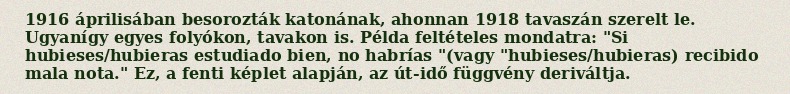
1916 áprilisában besorozták katonának, ahonnan 1918 tavaszán szerelt le. Ugyanígy egyes folyókon, tavakon is. Példa feltételes mondatra: "Si hubieses/hubieras estudiado bien, no habrías "(vagy "hubieses/hubieras) recibido mala nota." Ez, a fenti képlet alapján, az út-idő függvény deriváltja.